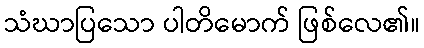
သံဃာပြသော ပါတိမောက် ဖြစ်လေ၏။